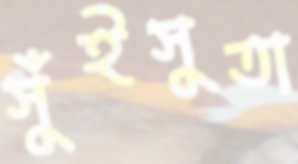
সুঁইসুতা